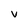
Character: V